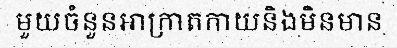
មួយចំនួនអាក្រាតកាយនិងមិនមាន